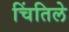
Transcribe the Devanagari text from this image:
चिंतिले